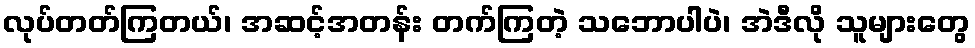
လုပ်တတ်ကြတယ်၊ အဆင့်အတန်း တက်ကြတဲ့ သဘောပါပဲ၊ အဲဒီလို သူများတွေ